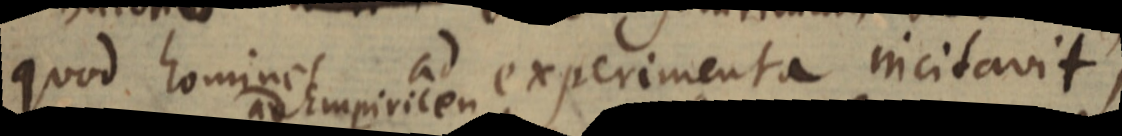
quod homines ad experimenta incitavit,